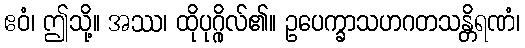
ဧဝံ၊ ဤသို့။ အဿ၊ ထိုပုဂ္ဂိုလ်၏။ ဥပေက္ခာသဟဂတသန္တိရဏံ၊